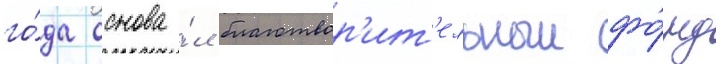
го́да основа́л благотвор'ит'ельныи фо́нд